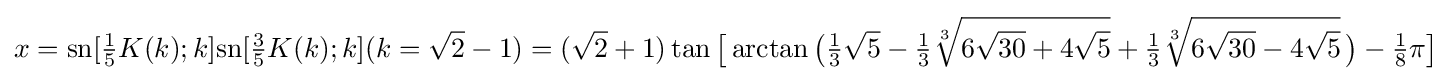
x={\text{sn}}[{\tfrac {1}{5}}K(k);k]{\text{sn}}[{\tfrac {3}{5}}K(k);k](k={\sqrt {2}}-1)=({\sqrt {2}}+1)\tan {\bigl [}\arctan {\bigl (}{\tfrac {1}{3}}{\sqrt {5}}-{\tfrac {1}{3}}{\sqrt[{3}]{6{\sqrt {30}}+4{\sqrt {5}}}}+{\tfrac {1}{3}}{\sqrt[{3}]{6{\sqrt {30}}-4{\sqrt {5}}}}\,{\bigr )}-{\tfrac {1}{8}}\pi {\bigr ]}